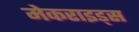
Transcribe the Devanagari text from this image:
मेकराइड्स